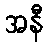
အနီ